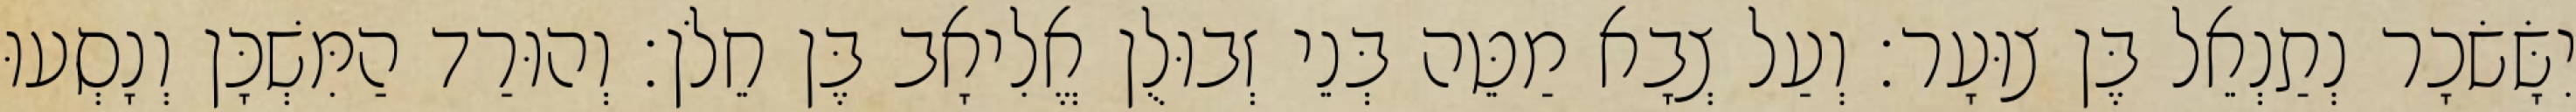
יִשָּׂשׂכָר נְתַנְאֵל בֶּן צוּעָר׃ וְעַל צְבָא מַטֵּה בְּנֵי זְבוּלֻן אֱלִיאָב בֶּן חֵלֹן׃ וְהוּרַד הַמִּשְׁכָּן וְנָסְעוּ